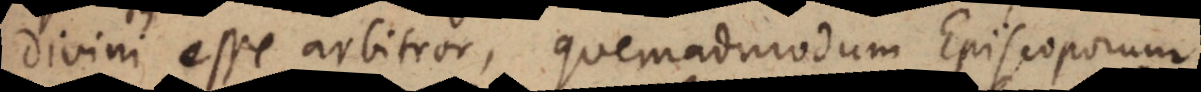
divini esse arbitror, quemadmodum Episcoporum